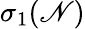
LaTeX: \sigma_{1}(\mathscr{N})